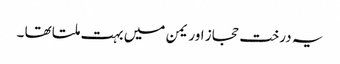
یہ درخت حجاز اور یمن میں بہت ملتا تھا ۔